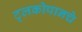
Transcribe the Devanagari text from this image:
ट्लकोपानचे